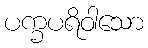
ပက္ခပရိဝါသော